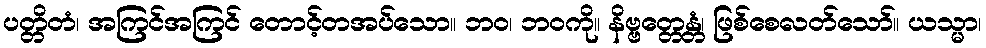
ပတ္တိတံ၊ အကြင်အကြင် တောင့်တအပ်သော။ ဘဝ၊ ဘဝကို။ နိဗ္ဗတ္တေန္တံ၊ ဖြစ်စေလတ်သော်။ ယသ္မာ၊